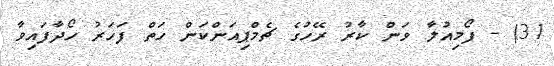
31) - ފޯމިއުލާ ވަން ކާރު ރޭހުގެ ޗެމްޕިއަންކަން ހަތް ފަހަރު ހޯދާފައިވާ